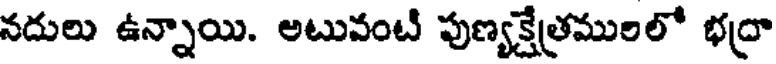
నదులు ఉన్నాయి. అటువంటి పుణ్యక్షేత్రములలో భద్రా